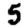
Digit: 5